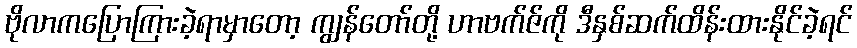
ဗိုလာကပြောကြားခဲ့ရာမှာတော့ ကျွန်တော်တို့ ဟာဗက်ဇ်ကို ဒီနှစ်ဆက်ထိန်းထားနိုင်ခဲ့ရင်